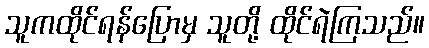
သူကထိုင်ရန်ပြောမှ သူတို့ ထိုင်ရဲကြသည်။